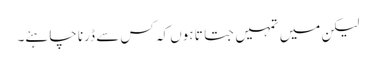
لیکن میں تمہیں جتاتا ہوں کہ کس سے ڈرنا چاہئے۔